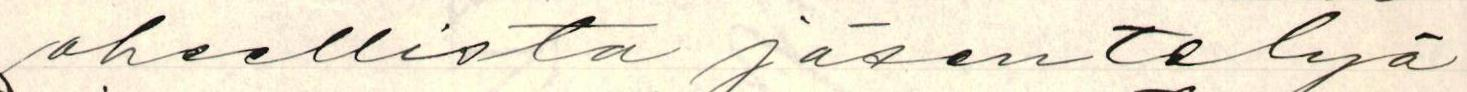
oheellista jäsentelyä